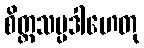
စိတ္တသမ္ပဒါဟေတု